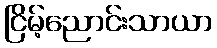
ငြိမ့်ညောင်းသာယာ